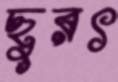
ছুরৎ